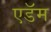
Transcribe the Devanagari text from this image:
एडॅम